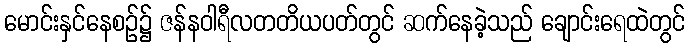
မောင်းနှင်နေစဉ်၌ ဇန်နဝါရီလတတိယပတ်တွင် ဆက်နေခဲ့သည် ချောင်းရေထဲတွင်